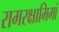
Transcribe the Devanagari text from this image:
रामरक्षामिमां